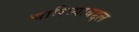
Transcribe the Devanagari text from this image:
चारित्र्याबद्दल